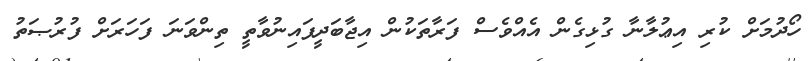
ހޯދުމަށް ކުރި އިޢުލާނާ ގުޅިގެން އެއްވެސް ފަރާތަކުން އިޖާބަދީފައިނުވާތީ ތިންވަނަ ފަހަރަށް ފުރުޞަތު